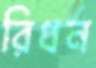
রিধন